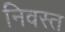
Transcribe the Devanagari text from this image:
निवस्त